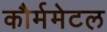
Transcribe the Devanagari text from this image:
कौर्ममेटल